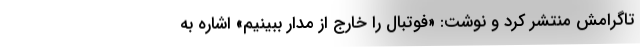
تاگرامش منتشر کرد و نوشت: «فوتبال را خارج از مدار ببینیم» اشاره به